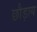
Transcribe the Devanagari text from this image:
छौड़ाय